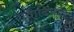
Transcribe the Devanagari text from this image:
एवादिपाठ